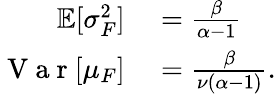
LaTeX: \begin{array}{rl}{\mathbb{E}[\sigma_{F}^{2}]}&{{}=\frac{\beta}{\alpha-1}}\\ {\mathrm{~V~a~r~}[\mu_{F}]}&{{}=\frac{\beta}{\nu(\alpha-1)}.}\end{array}